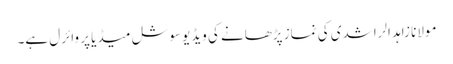
مولانا زاہد الراشدی کی نماز پڑھانے کی ویڈیو سوشل میڈیا پر وائرل ہے۔